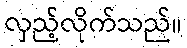
လှည့်လိုက်သည်။